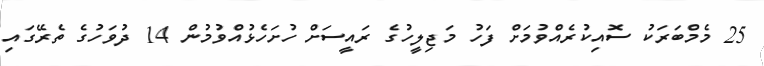
25 މެމްބަރަކު ސޮއިކުރެއްވުމަށް ފަހު މަޖިލީހުގެ ރައީސަށް ހުށަހެޅުއްވުމުން 14 ދުވަހުގެ ތެރޭގައި